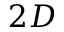
2 D